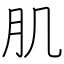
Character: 肌